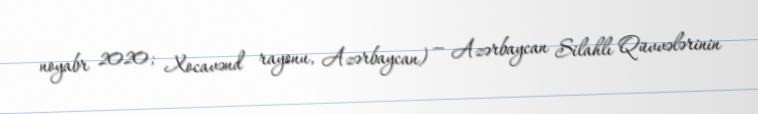
noyabr 2020; Xocavənd rayonu, Azərbaycan) — Azərbaycan Silahlı Qüvvələrinin